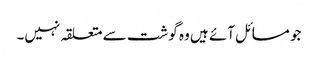
جو مسائل آئے ہیں وہ گوشت سے متعلقہ نہیں۔